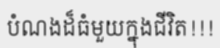
បំណងដ៏ធំមួយក្នុងជីវិត!!!